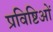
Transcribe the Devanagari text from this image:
प्रविष्टिओं